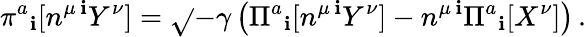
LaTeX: \pi^{a}{}_{\mathbf{i}}[n^{\mu\, \mathbf{i}}Y^{\nu}]=\sqrt{}{{-\gamma}}\left(\Pi^{a}{}_{\mathbf{i}}[n^{\mu\, \mathbf{i}}Y^{\nu}]-n^{\mu\, \mathbf{i}}\Pi^{a}{}_{\mathbf{i}}[X^{\nu}]\right)\, .